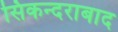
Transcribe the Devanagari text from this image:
सिकन्‍दराबाद